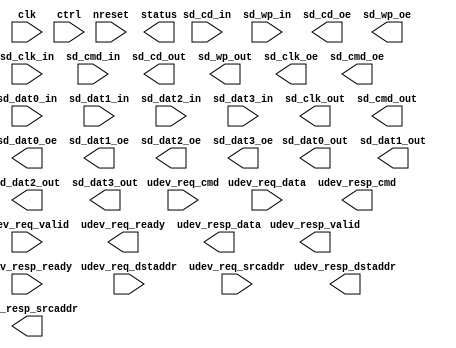
/*****************************************************************************
 * Function: SD/SDIO/MMC Controller
 * Copyright: Lambda Project Authors. All rights Reserved.
 * License:  MIT (see LICENSE file in Lambda repository)
 *
 * Docs:
 *
 ****************************************************************************/


module la_sd #(
    parameter TARGET = "DEFAULT",  // technology target
    parameter PROP   = "HOST",     // block selector
    parameter RW     = 32,         // register width
    parameter DW     = 128,        // umi packet width
    parameter AW     = 64,         // address width
    parameter CW     = 32          // command width
) (  // basic control signals
    input           clk,                // core clock
    input           nreset,             // active low async reset
    input  [RW-1:0] ctrl,               // free form ctrl inputs
    output [RW-1:0] status,             // free form status outputs
    // UMI access
    input           udev_req_valid,
    input  [CW-1:0] udev_req_cmd,
    input  [AW-1:0] udev_req_dstaddr,
    input  [AW-1:0] udev_req_srcaddr,
    input  [DW-1:0] udev_req_data,
    output          udev_req_ready,
    output          udev_resp_valid,
    output [CW-1:0] udev_resp_cmd,
    output [AW-1:0] udev_resp_dstaddr,
    output [AW-1:0] udev_resp_srcaddr,
    output [DW-1:0] udev_resp_data,
    input           udev_resp_ready,
    // inputs
    input           sd_clk_in,
    input           sd_cd_in,
    input           sd_wp_in,
    input           sd_cmd_in,
    input           sd_dat0_in,
    input           sd_dat1_in,
    input           sd_dat2_in,
    input           sd_dat3_in,
    // outputs
    output          sd_clk_out,
    output          sd_cd_out,
    output          sd_wp_out,
    output          sd_cmd_out,
    output          sd_dat0_out,
    output          sd_dat1_out,
    output          sd_dat2_out,
    output          sd_dat3_out,
    // enables
    output          sd_clk_oe,
    output          sd_cd_oe,
    output          sd_wp_oe,
    output          sd_cmd_oe,
    output          sd_dat0_oe,
    output          sd_dat1_oe,
    output          sd_dat2_oe,
    output          sd_dat3_oe
);

endmodule  // la_sd